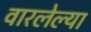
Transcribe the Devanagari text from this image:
वारलेल्या